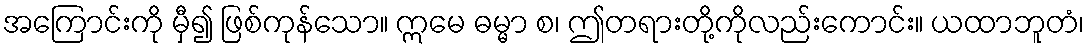
အကြောင်းကို မှီ၍ ဖြစ်ကုန်သော။ ဣမေ ဓမ္မာ စ၊ ဤတရားတို့ကိုလည်းကောင်း။ ယထာဘူတံ၊